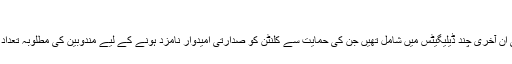
‘‘
نینسی وورلی ان آخری چند ڈیلیگیٹس میں شامل تھیں جن کی حمایت سے کلنٹن کو صدارتی امیدوار نامزد ہونے کے لیے مندوبین کی مطلوبہ تعداد مل گئی ہے۔